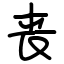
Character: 丧